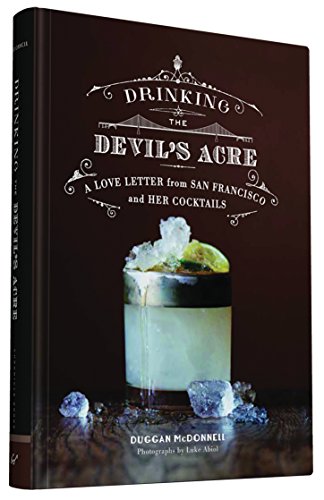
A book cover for Drinking the Devil's Acre: A Love Letter from San Francisco and her Cocktails; Duggan McDonnell; Cookbooks, Food & Wine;